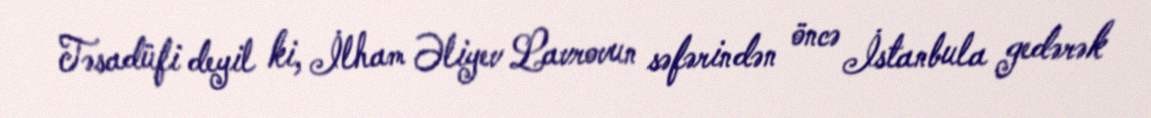
Təsadüfi deyil ki, İlham Əliyev Lavrovun səfərindən öncə İstanbula gedərək